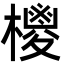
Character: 㯶